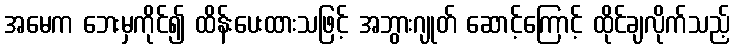
အမေက ဘေးမှကိုင်၍ ထိန်းပေးထားသဖြင့် အဘွားဂျုတ် ဆောင့်ကြောင့် ထိုင်ချလိုက်သည့်